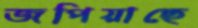
জপিয়াছে